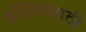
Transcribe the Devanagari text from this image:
इसिससाठी